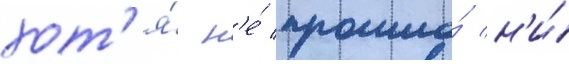
хот'я́ н'е́ прошло́ н'и́